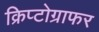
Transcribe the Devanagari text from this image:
क्रिप्टोग्राफर